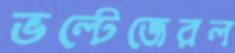
ভল্টেজেরল